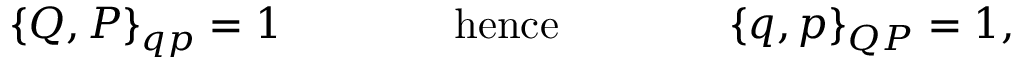
\{ Q , P \} _ { q p } = 1 \qquad \qquad \mathrm { h e n c e } \qquad \qquad \{ q , p \} _ { Q P } = 1 ,